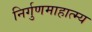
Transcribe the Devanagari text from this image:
निर्गुणमाहात्म्य